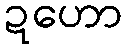
ဍဟော